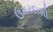
ઉમરદાશી